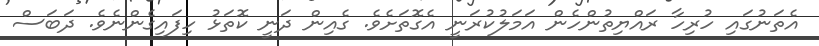
އެތަނުގައި ހުރިހާ ރައްޔިތުންހެން އަމަލުކުރަނީ އެގޮތަށެވެ. ގެއިން ދަނީ ކޮތަޅު ހިފައިގެންނެވެ. ދަބަސް